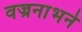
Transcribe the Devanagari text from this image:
वज्रनाभने